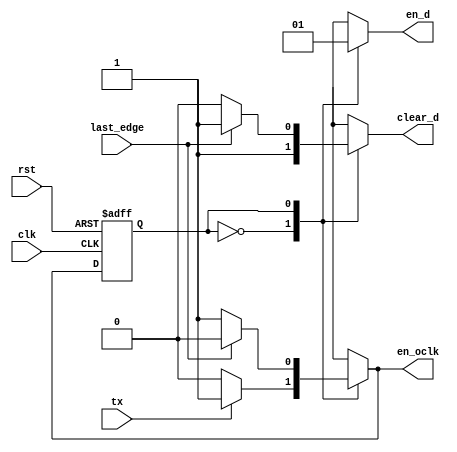
`timescale 1ns / 1ps
//////////////////////////////////////////////////////////////////////////////////
// Company: 
// Engineer: 
// 
// Design Name: 
// Module Name: fsm_SPI_master
// Project Name: 
// Target Devices: 
// Tool Versions: 
// Description: 
// 
// Dependencies: 
// 
// Revision:
// Revision 0.01 - File Created
// Additional Comments:
// 
//////////////////////////////////////////////////////////////////////////////////


module fsm_SPI_master(
    input wire clk, rst,    //segnali di controllo globali
    input wire last_edge,    //identifica l'ultimo colpo di clock del LSB su MOSI 
    input wire tx,          //i_TX_DV
    output reg en_d,        //identifica la trasmissione in corso su MOSI
    output reg clear_d,
    output reg en_oclk      //abilita generazione clock di sincronizzazione
    );
    
parameter IDLE=1'b0, TRX=1'b1;

reg state, state_nxt;    

//logica sequenziale: registro di stato    
always @(posedge clk, posedge rst)
if (rst==1'b1) state<=IDLE;
else state<=state_nxt;

//logica combinatoria: stato futuro
always@(state,last_edge,tx)
case(state)
//stato di riposo da cui si esce se c' un dato valido da trasmettere su MOSI
IDLE: if (tx==1'b1) state_nxt=TRX;
      else state_nxt=IDLE;
/*stato di trasmissione da cui si esce quando su MOSI si completa la trasmissione del LSB*/
TRX:  if (last_edge==1'b1) state_nxt=IDLE;
      else state_nxt=TRX;
default: state_nxt=IDLE;
endcase

//logica combinatoria: uscite
always@(state, last_edge, tx)
case(state)
IDLE: begin
      en_d=1'b0; //trasmissione non in corso
      clear_d = 1'b1;
      /*quando si va verso la trasmissione si deve abilitare la generazione del    clock di sincronizzazione*/
      if (tx==1'b1) en_oclk=1'b1;
      else en_oclk=1'b0;
      end
TRX:  begin
      en_d=1'b1; //trasmissione non in corso
/*quando si esce dalla trasmissione si deve disabilitare la generazione del clock di sincronizzazione*/
      if (last_edge==1'b1)
        begin
        en_oclk=1'b0; 
        clear_d = 1'b1;
        end
      else 
        begin
        en_oclk=1'b1; 
        clear_d = 1'b0;
        end
      end

default: begin
         en_d=1'b0;
         en_oclk=1'b0;
         end
endcase

endmodule